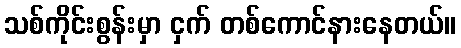
သစ်ကိုင်းစွန်းမှာ ငှက် တစ်ကောင်နားနေတယ်။